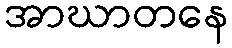
အာဃာတနေ